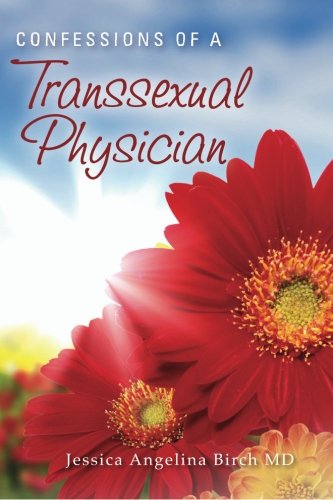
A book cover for Confessions of a Transsexual Physician; Jessica Angelina Birch MD; Gay & Lesbian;